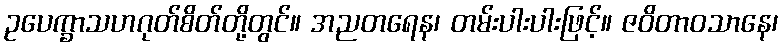
ဥပေက္ခာသဟဂုတ်စိတ်တို့တွင်။ အညတရေန၊ တမ်းပါးပါးဖြင့်။ ဇဝိတာဝသာနေ၊